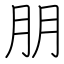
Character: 朋